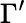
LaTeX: \Gamma^{\prime}